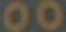
00